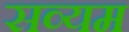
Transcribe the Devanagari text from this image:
सव्यम